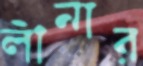
লীনার